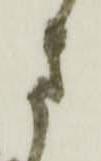
さ